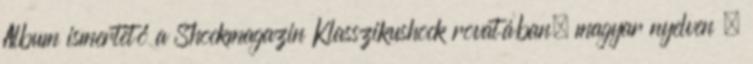
Album ismertető a Shockmagazin Klasszikushock rovatában. magyar nyelven .